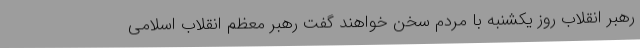
رهبر انقلاب روز یکشنبه با مردم سخن خواهند گفت رهبر معظم انقلاب اسلامی